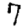
Digit: 7